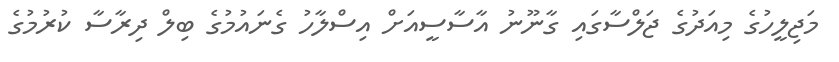
މަޖިލީހުގެ މިއަދުގެ ޖަލްސާގައި ގާނޫނު އާސާސީއަށް އިސްލާހު ގެނައުމުގެ ބިލް ދިރާސާ ކުރުމުގެ